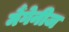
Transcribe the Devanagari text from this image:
मैंगेनीज